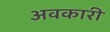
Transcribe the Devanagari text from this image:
अवकारी